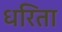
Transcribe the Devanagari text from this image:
धरिता